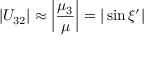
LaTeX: | U _ { 3 2 } | \approx \left| \frac { \mu _ { 3 } } { \mu } \right| = | \sin \xi ^ { \prime } |